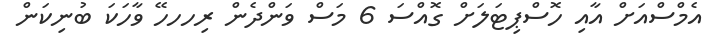
އެމްސްއަށް އާއި ހޮސްޕިޓަލަށް ގޮއްސަ 6 މަސް ވަންދެން ރިހހހޭ ވާހަކަ ބުނިކަން